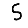
Digit: 5